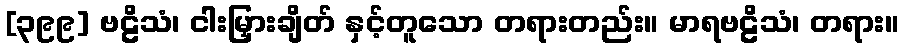
[၃၉၉] ဗဠိသံ၊ ငါးမြှားချိတ် နှင့်တူသော တရားတည်း။ မာရဗဠိသံ၊ တရား။